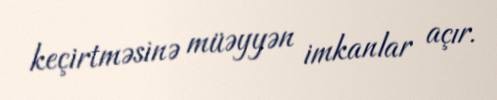
keçirtməsinə müəyyən imkanlar açır.